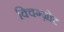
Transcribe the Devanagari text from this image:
क्विग्ज़ोट